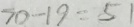
7 0 - 1 9 = 5 1